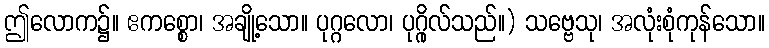
ဤလောက၌။ ဧကစ္စော၊ အချို့သော။ ပုဂ္ဂလော၊ ပုဂ္ဂိုလ်သည်။) သဗ္ဗေသု၊ အလုံးစုံကုန်သော။